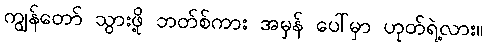
ကျွန်တော် သွားဖို့ ဘတ်စ်ကား အမှန် ပေါ်မှာ ဟုတ်ရဲ့လား။